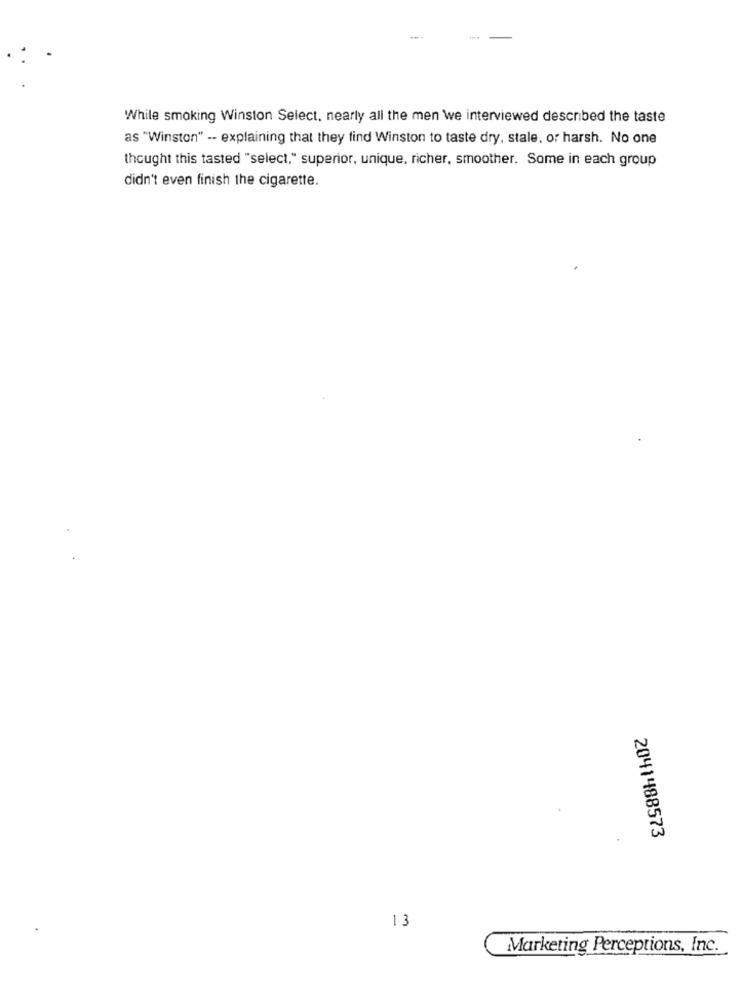
While smoking Winston Select. nearly all the men we interviewed described the taste
as "Winston" -- explaining that they find Winston to taste dry, stale, or harsh. No one
thought this tasted "select," superior, unique, richer, smoother. Some in each group
didn't even finish the cigarette.
2041488573
13
Marketing Perceptions, Inc.